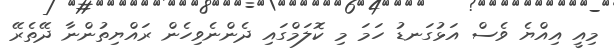
މިއީ އިއްޔެ ވެސް އަޅުގަނޑު ހަމަ މި ކޮލަމްގައި ދެންނެވިހެން ރައްޔިތުންނާ ދޭތެރޭ